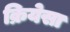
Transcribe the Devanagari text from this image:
क्रियेसा